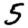
Digit: 5